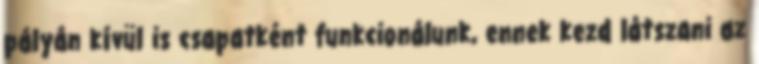
pályán kívül is csapatként funkcionálunk, ennek kezd látszani az